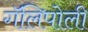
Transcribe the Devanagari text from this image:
गॅलिपोली